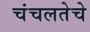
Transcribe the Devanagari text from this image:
चंचलतेचे